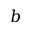
b